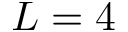
L = 4